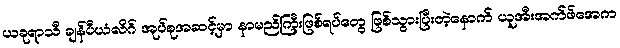
ယခုရာသီ ချန်ပီယံလိဂ် အုပ်စုအဆင့်မှာ နာမည်ကြီးဖြစ်ရပ်တွေ ဖြစ်သွားပြီးတဲ့နောက် ယူအီးအက်ဖ်အေက